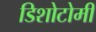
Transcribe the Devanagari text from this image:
डिशोटोमी